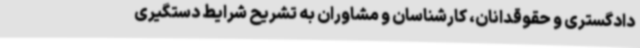
دادگستری و حقوقدانان، کارشناسان و مشاوران به تشریح شرایط دستگیری